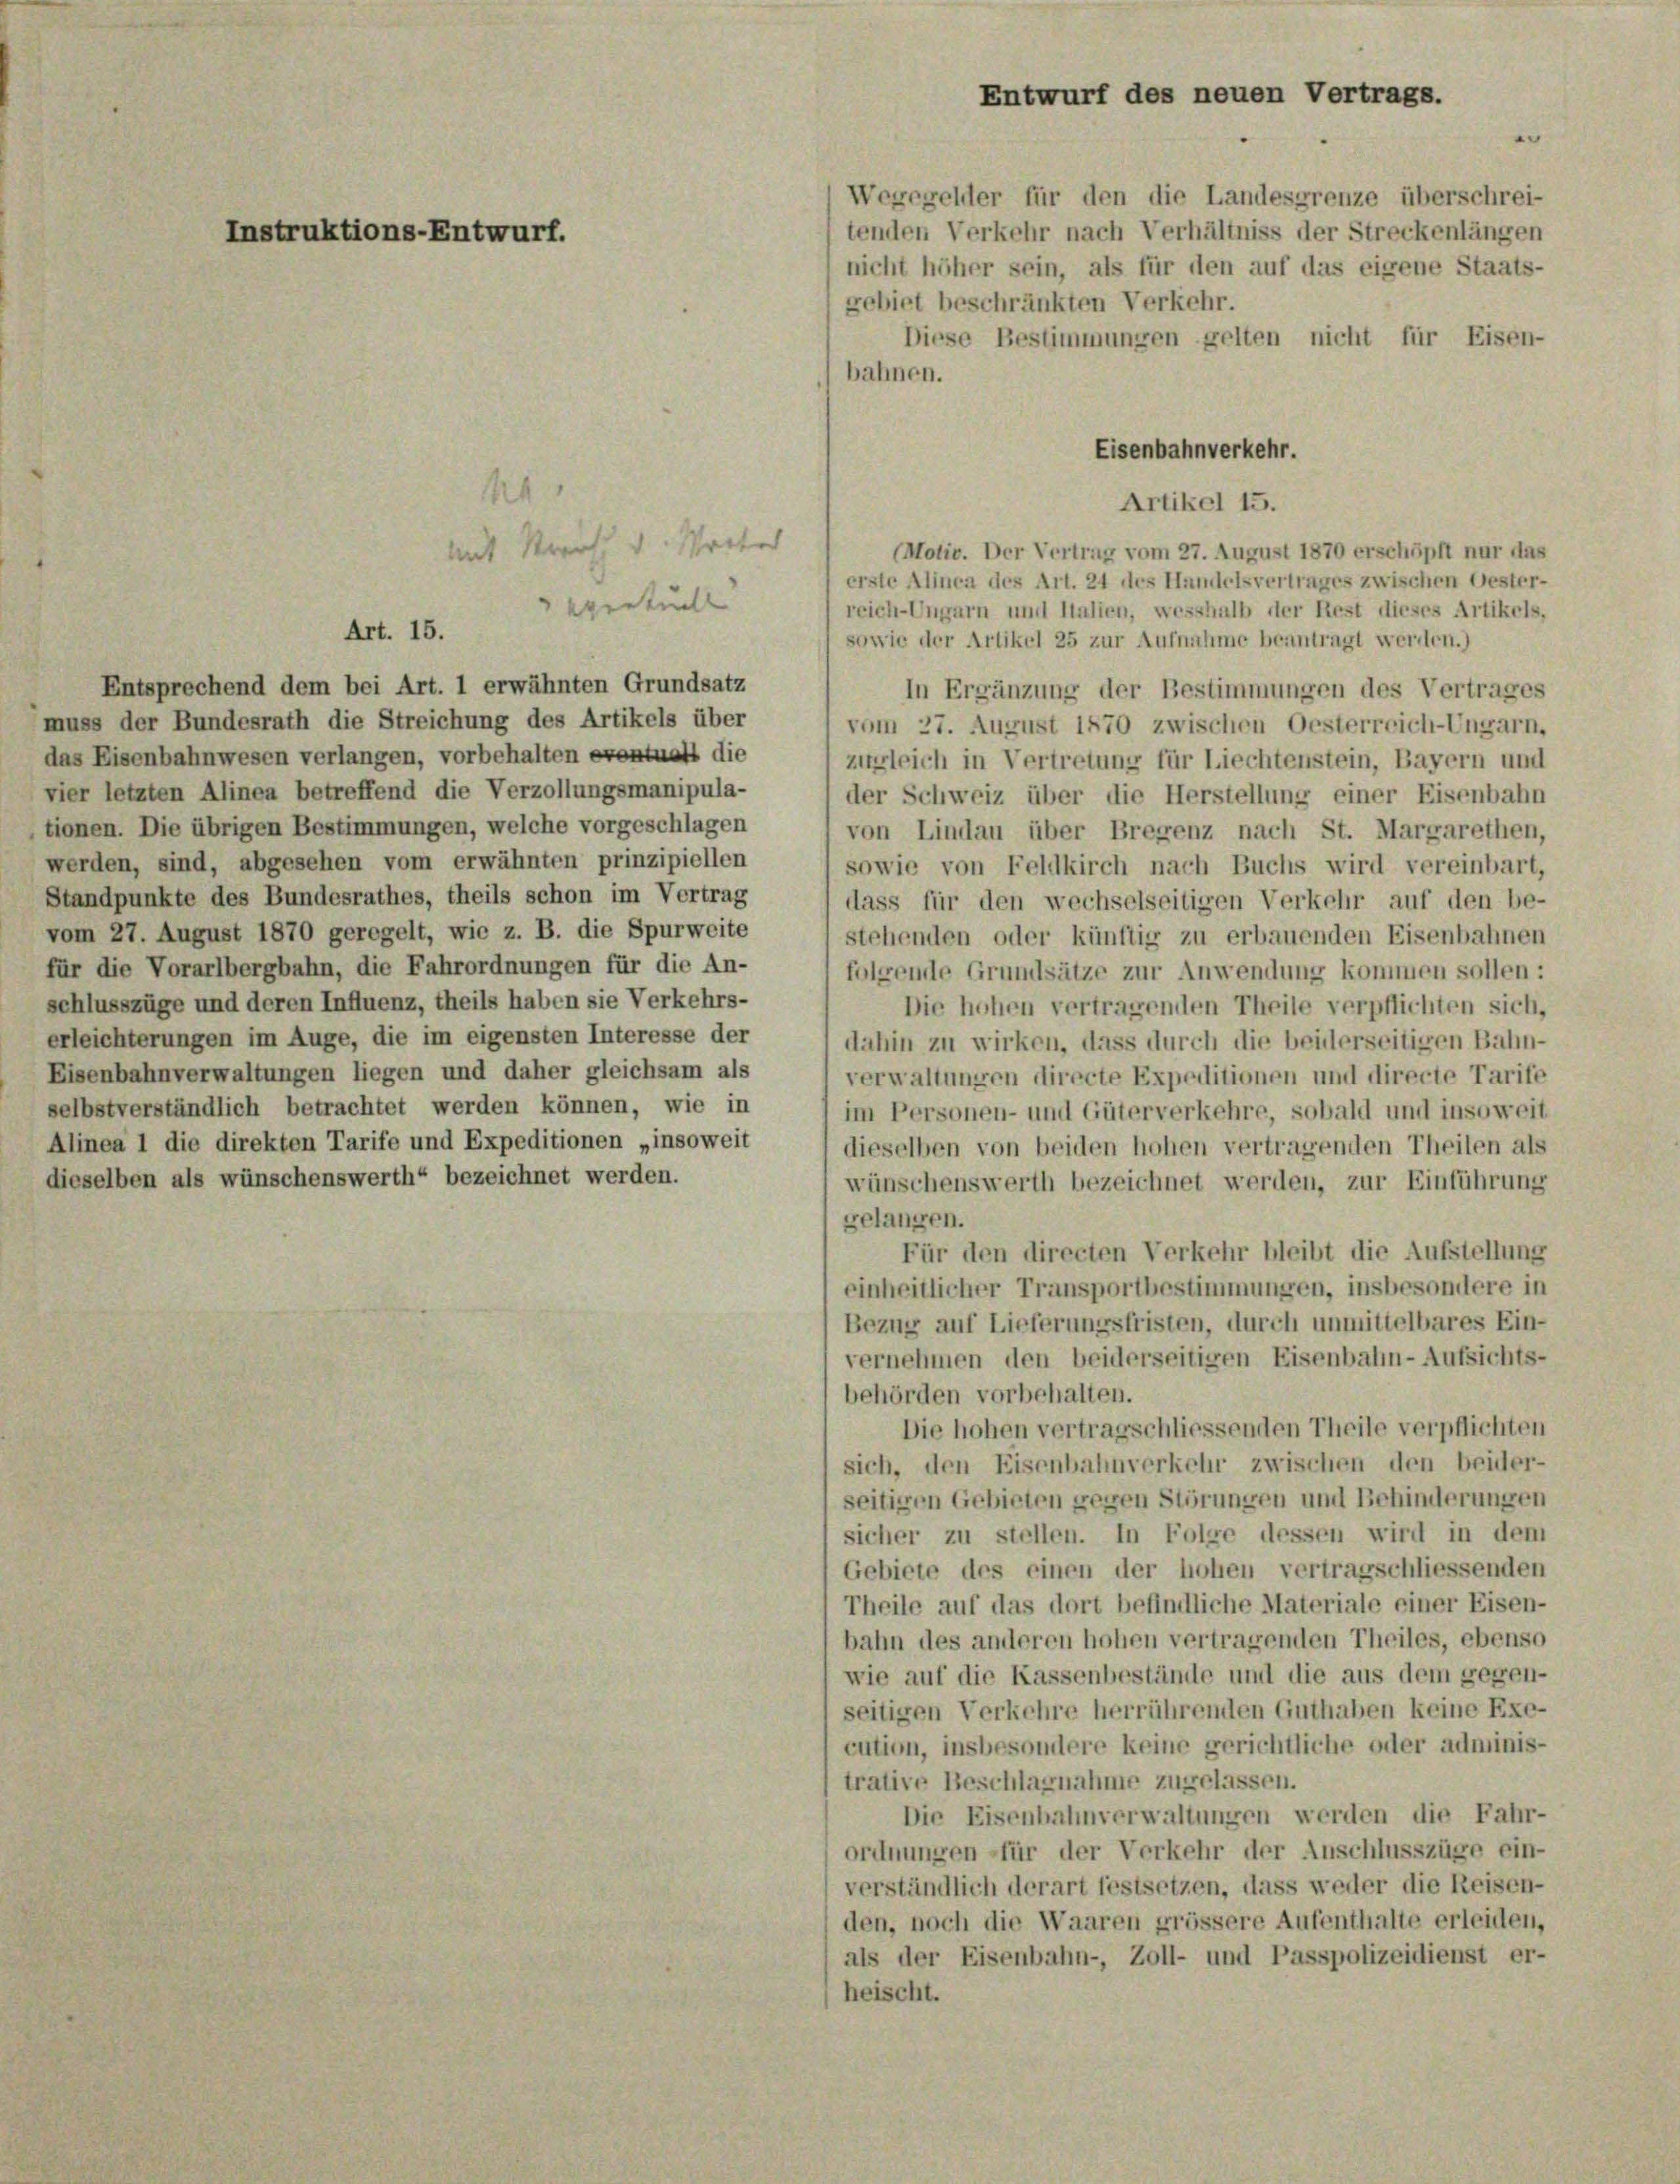
tenden Verkehr nach Verhältniss der Streckenlängen
gebiet beschränkten Verkehr.
bahnen.
14
mit Streit u. Wortet
(Motiv. Der Vertrag vom 27. August 1870 erschöpft nur das
erste Alinea des Art. 24 des Handelsvertrages zwischen Oester-
eventuell
reich-Ungarn und Italien, wesshalb der Rest dieses Artikels,
sowie der Artikel 25 zur Aufnahme beantragt werden.)
Entsprechend dem bei Art. 1 erwähnten Grundsatz
In Ergänzung der Bestimmungen des Vertrages
muss der Bundesrath die Streichung des Artikels über
vom 27. August 1870 zwischen Oesterreich-Ungarn,
das Eisenbahnwesen verlangen, vorbehalten eventuali die
zugleich in Vertretung für Liechtenstein, Bayern und
vier letzten Alinea betreffend die Verzollungsmanipula-
der Schweiz über die Herstellung einer Eisenbahn
tionen. Die übrigen Bestimmungen, welche vorgeschlagen
von Lindau über Bregenz nach St. Margarethen,
werden, sind, abgesehen vom erwähnten prinzipiellen
sowie von Feldkirch nach Buchs wird vereinbart,
Standpunkte des Bundesrathes, theils schon im Vertrag
dass für den wechselseitigen Verkehr auf den be-
vom 27. August 1870 geregelt, wie z. B. die Spurweite
stehenden oder künftig zu erbauenden Eisenbahnen
für die Vorarlbergbahn, die Fahrordnungen für die An-
folgende Grundsätze zur Anwendung kommen sollen:
schlusszüge und deren Influenz, theils haben sie Verkehrs-
Die hohen vertragenden Theile verpflichten sich,
erleichterungen im Auge, die im eigensten Interesse der
dahin zu wirken, dass durch die beiderseitigen Bahn-
Eisenbahnverwaltungen liegen und daher gleichsam als
verwaltungen directe Expeditionen und directe Tarife
selbstverständlich betrachtet werden können, wie in
im Personen- und Güterverkehre, sobald und insoweit
Alinea 1 die direkten Tarife und Expeditionen „insoweit
dieselben von beiden hohen vertragenden Theilen als
dieselben als wünschenswerth“ bezeichnet werden.
wünschenswerth bezeichnet werden, zur Einführung
gelangen.
Für den directen Verkehr bleibt die Aufstellung
einheitlicher Transportbestimmungen, insbesondere in
Bezug auf Lieferungsfristen, durch unmittelbares Ein-
vernehmen den beiderseitigen Eisenbahn-Aufsichts-
behörden vorbehalten.
Die hohen vertragschliessenden Theile verpflichten
sich, den Eisenbahnverkehr zwischen den beider-
seitigen Gebieten gegen Störungen und Behinderungen
sicher zu stellen. In Folge dessen wird in dem
Gebiete des einen der hohen vertragschliessenden
Theile auf das dort befindliche Materiale einer Eisen-
bahn des anderen hohen vertragenden Theiles, ebenso
wie auf die Kassenbestände und die aus dem gegen-
seitigen Verkehre herrührenden Guthaben keine Exe-
cution, insbesondere keine gerichtliche oder adminis-
trative Beschlagnahme zugelassen.
Die Eisenbalmverwaltungen werden die Fahr-
ordnungen für der Verkehr der Anschlusszüge ein-
verständlich derart festsetzen, dass weder die Reisen-
den, noch die Waaren grössere Aufenthalte erleiden,
als der Eisenbahn-, Zoll- und Passpolizeidienst er-
heischt.

Instruktions-Entwurf.

Art. 15.

Entwurf des neuen Vertrags.
n
Wegegelder für den die Landesgrenze überschrei-

Diese Bestimmungen gelten nicht für Eisen-

nicht höher sein, als für den auf das eigene Staats-

Eisenbahnverkehr.
Artikel 15.